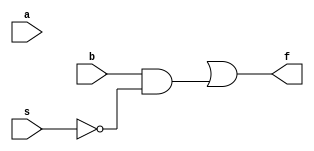
// Gate Level Modelling
// Can build the logic for output using K-Map
module mux2to1_gate (a,b,s,f); // notice the semi colon here
    input a,b,s;
    output f; 
    wire c,d,e;

    not n1(e,s); // e=~s and a1(c,a,s);
    and a2(d,b,e);
    or o1(f,c,d);
endmodule


// Dataflow Modelling
module mux2to1_df (a,b,s,f); 
    input a,b,s;
    output f;

    // assign f = (s & a) | (~s & b);
    assign f = s ? a : b;
endmodule


// Behavioural Modelling
module mux2to1_beh(a, b, s, f);
    input a, b, s;
    output f;

    reg f;

    always@ (s or a or b)
        if (s==1) f = a;
        else f = b;

endmodule



// module testbench; 
//     reg a,b,s;
//     wire f;
//     // mux2to1_gate mux_gate (a,b,s,f); 
//     // mux2to1_df mux_df (a,b,s,f);
//     mux2to1_beh mux_beh (a,b,s,f);
    
//     initial 
//         begin
//             // monitor displays the output in the simulation for each time stamp mentioned
//             $monitor(,$time," a=%b, b=%b, s=%b f=%b",a,b,s,f); 
//             #0 a=1'b0; b=1'b1;
//             #2 s=1'b1;
//             #5 s=1'b0;
//             #10 a=1'b1; b=1'b0;
//             #15 s=1'b1;
//             #20 s=1'b0;
//             #100 $finish;
//         end 
// endmodule